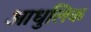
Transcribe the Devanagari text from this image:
आधुलिक